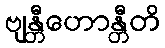
ဗျန္တီဟောန္တီတိ